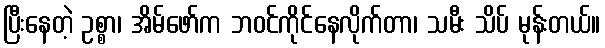
ပြီးနေတဲ့ ဥစ္စာ၊ အိမ်ဖော်က ဘဝင်ကိုင်နေလိုက်တာ၊ သမီး သိပ် မုန်းတယ်။